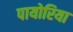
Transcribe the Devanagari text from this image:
पायोरिया